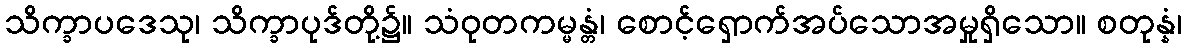
သိက္ခာပဒေသု၊ သိက္ခာပုဒ်တို့၌။ သံဝုတကမ္မန္တံ၊ စောင့်ရှောက်အပ်သောအမှုရှိသော။ စတုန္နံ၊